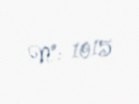
№: 1015